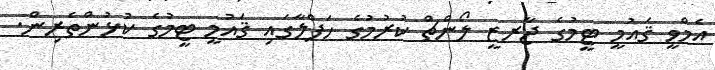
އެމްވީ ޤައުމީ ޓީމުގެ ޖާރޒީ ލޯންޗް ކުރުމުގެ ހަފްލާގައި ޤައުމީ ޓީމުގެ ކުޅުންތެރިން.